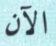
الآن